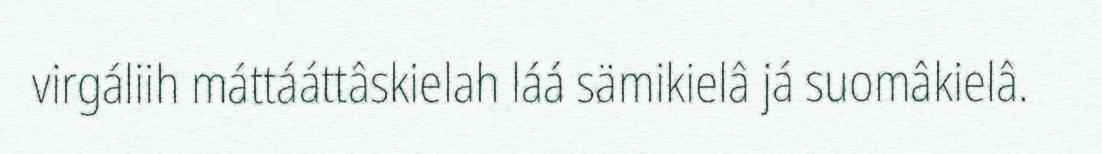
virgáliih máttááttâskielah láá sämikielâ já suomâkielâ.